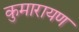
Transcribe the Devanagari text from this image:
कुमारायण